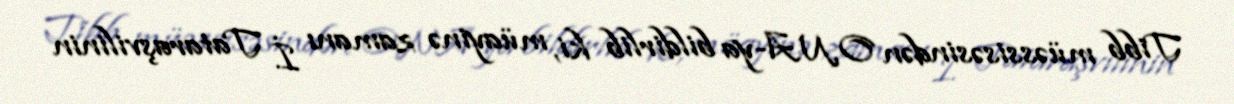
Tibb müəssisəsindən ONA-ya bildirlib ki, müayinə zamanı İ. Tataraşvilinin